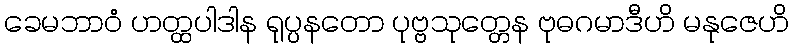
ခေမဘာဝံ ဟတ္ထပါဒါန ရုပ္ပနတော ပုဗ္ဗသုတ္တေန ဗုဓဂမာဒီဟိ မနုဇေဟိ